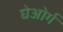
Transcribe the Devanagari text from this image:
घेओर्ग